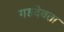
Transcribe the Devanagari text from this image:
गडदेवता